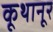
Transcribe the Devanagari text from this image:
कूथानूर